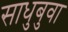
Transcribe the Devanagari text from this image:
साधुबुवा